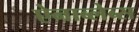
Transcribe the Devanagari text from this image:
ऐनाब्लेब्स